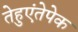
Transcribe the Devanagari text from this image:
तेहुएंतेपेक